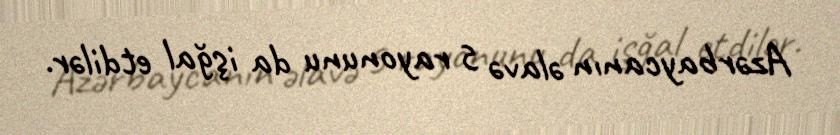
Azərbaycanın əlavə 5 rayonunu da işğal etdilər.